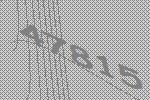
47815